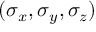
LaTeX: ( \sigma _ { x } , \sigma _ { y } , \sigma _ { z } )